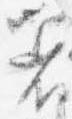
着